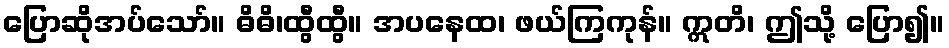
ပြောဆိုအပ်သော်။ ဓိဓိ၊ထွီထွီ။ အပနေထ၊ ဖယ်ကြကုန်။ ဣတိ၊ ဤသို့ ပြော၍။